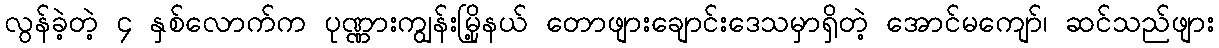
လွန်ခဲ့တဲ့ ၄ နှစ်လောက်က ပုဏ္ဏားကျွန်းမြို့နယ် တောဖျားချောင်းဒေသမှာရှိတဲ့ အောင်မကျော်၊ ဆင်သည်ဖျား